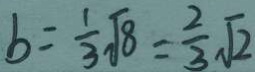
b = \frac { 1 } { 3 } \sqrt { 8 } = \frac { 2 } { 3 } \sqrt { 2 }